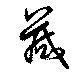
蕆